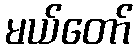
မယ်တော်